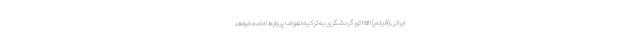
ایرانی (فیلم) nan تور گردشگری به ترکیه لغو اما پروازها ادامه خواهد